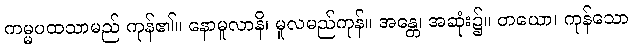
ကမ္မပထသာမည် ကုန်၏။ နောမူလာနိ၊ မူလမည်ကုန်။ အန္တေ၊ အဆုံး၌။ တယော၊ ကုန်သော